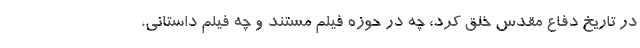
در تاریخ دفاع مقدس خلق کرد، چه در حوزه فیلم مستند و چه فیلم داستانی،